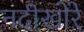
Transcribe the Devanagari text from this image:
नदीखोरे